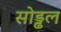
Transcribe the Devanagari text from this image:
सोड्ढल